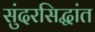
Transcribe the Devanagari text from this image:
सुंदरसिद्धांत